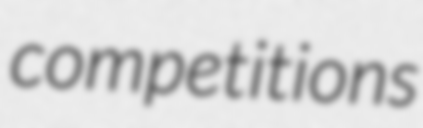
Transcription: competitions